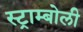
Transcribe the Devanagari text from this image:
स्ट्राम्बोली